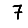
Digit: 7